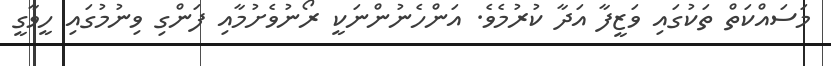
މަސައްކަތް ތަކުގައި ވަޒީފާ އަދާ ކުރުމެވެ. އަންހެނުންނަކީ ރޯނުވެށުމާއި ފަންގި ވިނުމުގައި ހީވާގީ